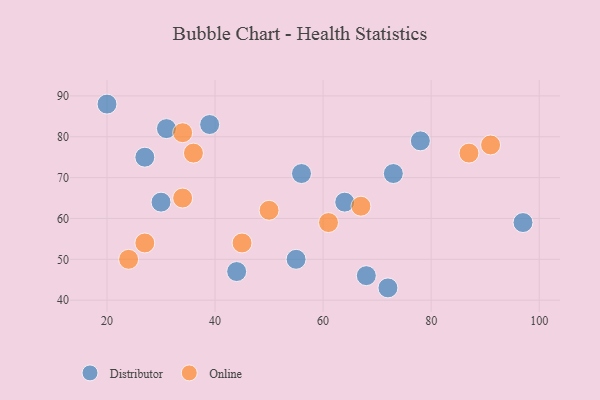
{"axis": {"x": "GDP", "y": "Life Expectancy"}, "legend": ["Distributor", "Online"], "data": [{"x": "68", "y": 46, "type": "Distributor"}, {"x": "73", "y": 71, "type": "Distributor"}, {"x": "56", "y": 71, "type": "Distributor"}, {"x": "39", "y": 83, "type": "Distributor"}, {"x": "64", "y": 64, "type": "Distributor"}, {"x": "97", "y": 59, "type": "Distributor"}, {"x": "31", "y": 82, "type": "Distributor"}, {"x": "72", "y": 43, "type": "Distributor"}, {"x": "27", "y": 75, "type": "Distributor"}, {"x": "20", "y": 88, "type": "Distributor"}, {"x": "55", "y": 50, "type": "Distributor"}, {"x": "30", "y": 64, "type": "Distributor"}, {"x": "78", "y": 79, "type": "Distributor"}, {"x": "44", "y": 47, "type": "Distributor"}, {"x": "87", "y": 76, "type": "Online"}, {"x": "67", "y": 63, "type": "Online"}, {"x": "36", "y": 76, "type": "Online"}, {"x": "45", "y": 54, "type": "Online"}, {"x": "50", "y": 62, "type": "Online"}, {"x": "24", "y": 50, "type": "Online"}, {"x": "91", "y": 78, "type": "Online"}, {"x": "34", "y": 81, "type": "Online"}, {"x": "34", "y": 65, "type": "Online"}, {"x": "27", "y": 54, "type": "Online"}, {"x": "61", "y": 59, "type": "Online"}]}